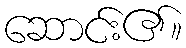
ဆောင်း၏။